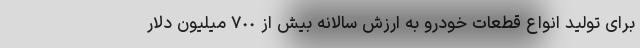
برای تولید انواع قطعات خودرو به ارزش سالانه بیش از ٧٠٠ میلیون دلار